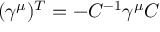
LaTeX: ( \gamma ^ { \mu } ) ^ { T } = - C ^ { - 1 } \gamma ^ { \mu } C